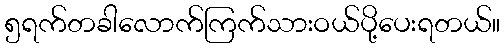
၅ရက်တခါလောက်ကြက်သားဝယ်ပို့ပေးရတယ်။